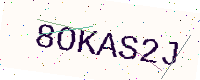
Text: 8OKAS2J